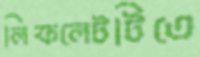
লিফলেটটিতে